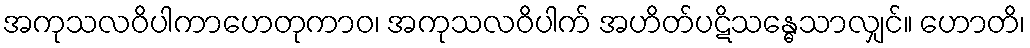
အကုသလဝိပါကာဟေတုကာဝ၊ အကုသလဝိပါက် အဟိတ်ပဋိသန္ဓေသာလျှင်။ ဟောတိ၊